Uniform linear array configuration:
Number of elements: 16
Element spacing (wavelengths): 1
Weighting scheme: binomial
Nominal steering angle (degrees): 15
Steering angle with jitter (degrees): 14.547
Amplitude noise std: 0.05
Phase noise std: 0.05

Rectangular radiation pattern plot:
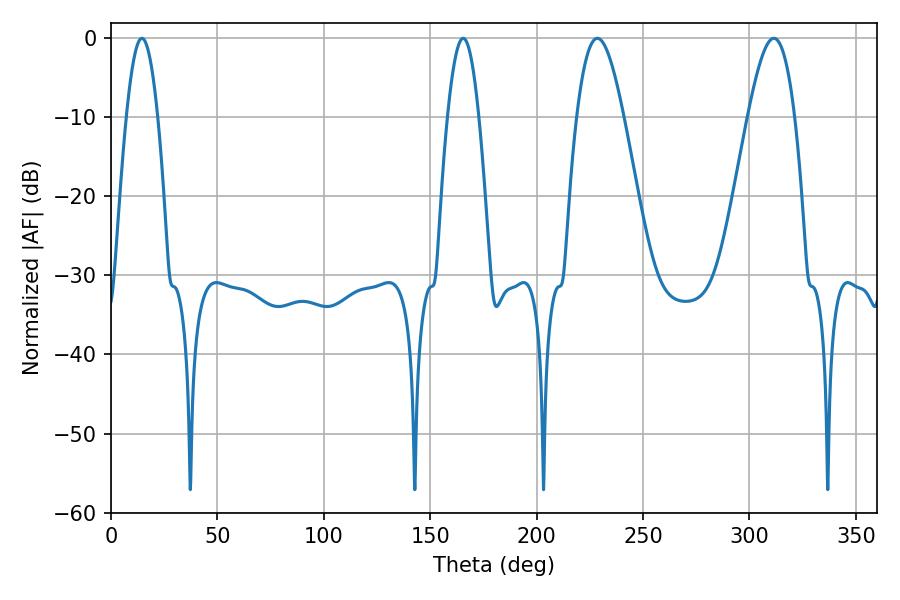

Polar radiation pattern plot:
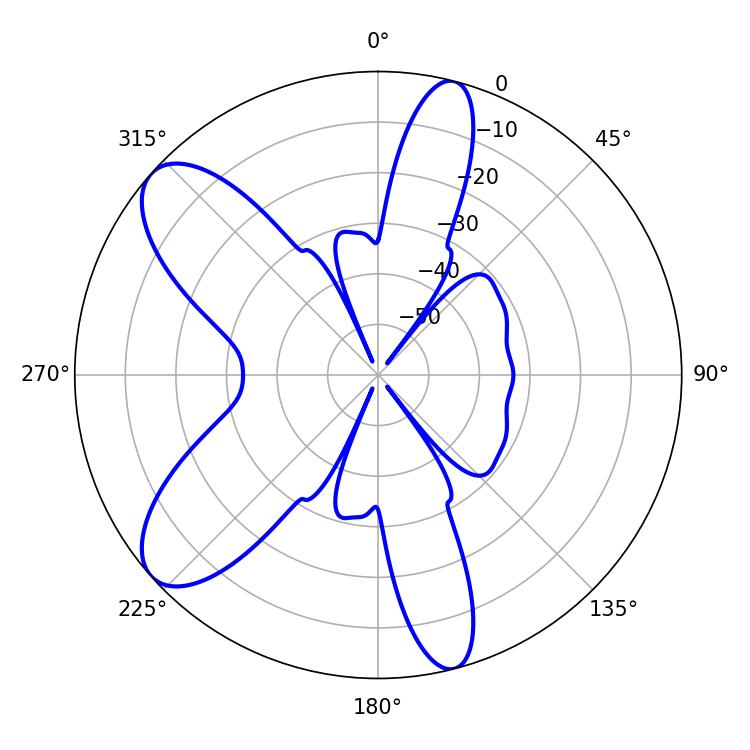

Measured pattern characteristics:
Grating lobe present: TRUE
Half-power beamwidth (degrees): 11.88
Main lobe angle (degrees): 228.6